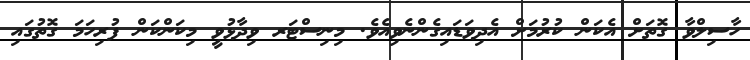
ހާސިލްވާ ގޮތަށް އެކަން ކުރުމަށް އެދިވަޑައިގެންނެވިއެވެ. މިނިސްޓަރ ވިދާޅުވީ މިކަންކަން ފުރިހަމަ ގޮތުގައި